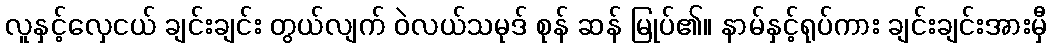
လူနှင့်လှေငယ် ချင်းချင်း တွယ်လျက် ဝဲလယ်သမုဒ် စုန် ဆန် မြုပ်၏။ နာမ်နှင့်ရုပ်ကား ချင်းချင်းအားမှီ